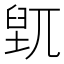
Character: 𱼮